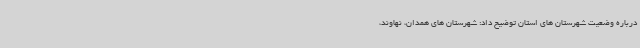
درباره وضعیت شهرستان های استان توضیح داد: شهرستان های همدان، نهاوند،